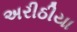
અરીઠીયા